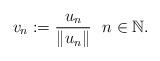
LaTeX: \begin{align*}v_n:=\frac{u_n}{\Vert u_n\Vert}\ \ n\in\mathbb{N}.\end{align*}